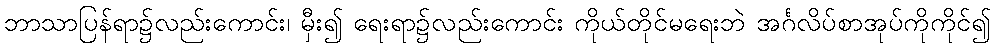
ဘာသာပြန်ရာ၌လည်းကောင်း၊ မှီး၍ ရေးရာ၌လည်းကောင်း ကိုယ်တိုင်မရေးဘဲ အင်္ဂလိပ်စာအုပ်ကိုကိုင်၍